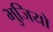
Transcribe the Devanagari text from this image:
भुजियो